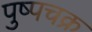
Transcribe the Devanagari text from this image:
पुष्पचक्र